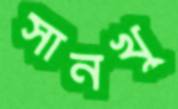
সানখু